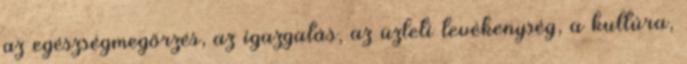
az egészségmegőrzés, az igazgatás, az üzleti tevékenység, a kultúra,